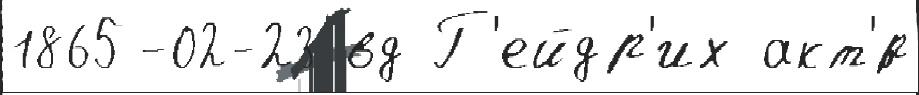
1865-02-23 вд Г'ейдр'их акт'́р